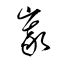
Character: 峩